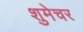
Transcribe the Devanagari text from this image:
शुमेचर